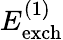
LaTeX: E_{\mathrm{exch}}^{(1)}